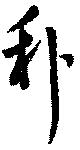
利